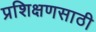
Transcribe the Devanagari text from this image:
प्रशिक्षणसाठी